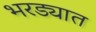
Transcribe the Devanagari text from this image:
भरड्यात